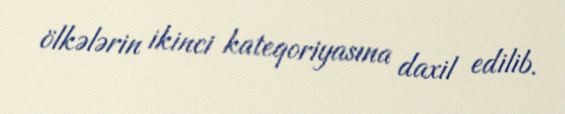
ölkələrin ikinci kateqoriyasına daxil edilib.